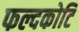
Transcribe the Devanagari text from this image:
फल्दकोटि